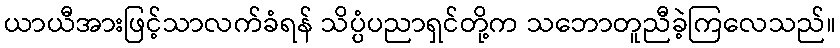
ယာယီအားဖြင့်သာလက်ခံရန် သိပ္ပံပညာရှင်တို့က သဘောတူညီခဲ့ကြလေသည်။